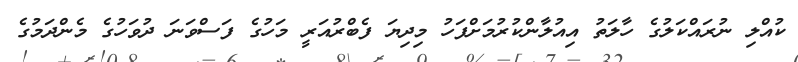
ކުއްލި ނުރައްކަލުގެ ހާލަތު އިއުލާންކުރުމަށްފަހު މިދިޔަ ފެބްރުއަރީ މަހުގެ ފަސްވަނަ ދުވަހުގެ މެންދަމުގެ